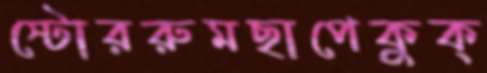
স্টোররুমছাপেকুক্